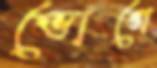
ভোগে